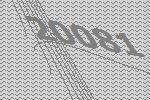
20081